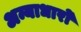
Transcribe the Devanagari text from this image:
अन्याधारों